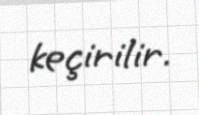
keçirilir.